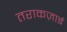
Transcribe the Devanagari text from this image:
तराकज़ाई